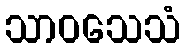
သာဝသေသံ